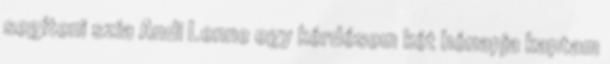
segíteni szia Andi Lenne egy kérdésem két hónapja kaptam